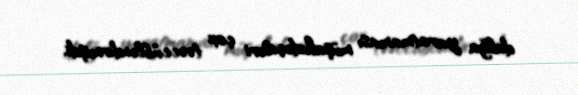
dalğa yaratmaması müşahidəçiləri çox təəccübləndirmişdi.